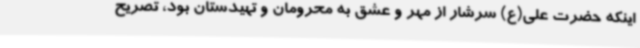
اینکه حضرت علی(ع) سرشار از مهر و عشق به محرومان و تهیدستان بود، تصریح